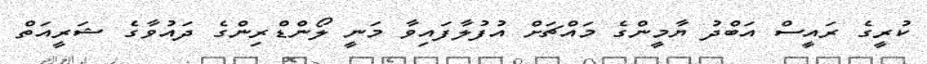
ކުރީގެ ރައީސް އަބްދު ޔާމީންގެ މައްޗަށް އުފުލާފައިވާ މަނީ ލޯންޑްރިންގެ ދައުވާގެ ޝަރީއަތް